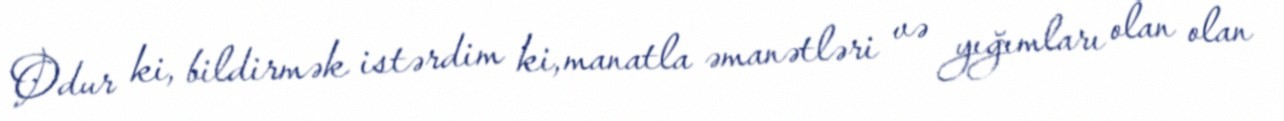
Odur ki, bildirmək istərdim ki, manatla əmanətləri və yığımları olan olan